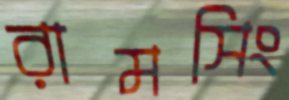
রামসিং